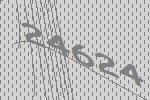
24624